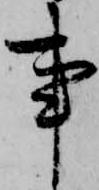
事